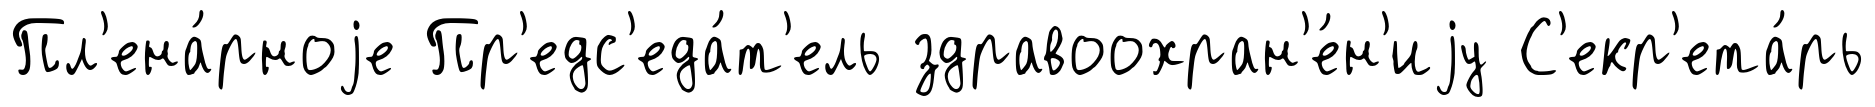
Пл'ена́рноjе Пр'едс'еда́т'ель здравоохран'е́н'иjу С'екр'ета́рь